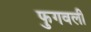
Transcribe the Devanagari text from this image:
फुगवली